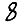
Digit: 8